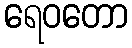
ရေဝတော